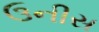
ઉનીસ